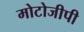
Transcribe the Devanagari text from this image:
मोटोजीपी